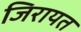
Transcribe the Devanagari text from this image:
जिरायत